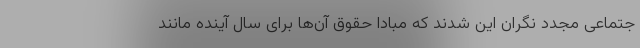
جتماعی مجدد نگران این شدند که مبادا حقوق آن‌ها برای سال آینده مانند